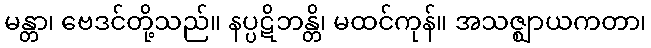
မန္တာ၊ ဗေဒင်တို့သည်။ နပ္ပဋိဘန္တိ၊ မထင်ကုန်။ အသဇ္ဈာယကတာ၊